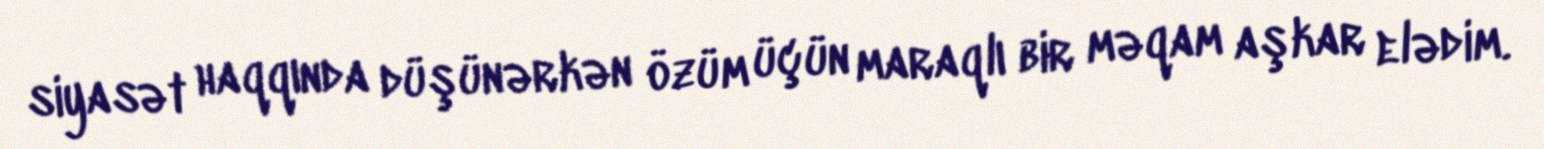
siyasət haqqında düşünərkən özüm üçün maraqlı bir məqam aşkar elədim.